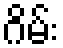
ဂိမ်း